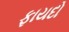
ફાયદો